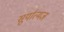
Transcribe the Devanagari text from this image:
सूर्यात्मज